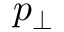
p _ { \perp }